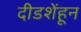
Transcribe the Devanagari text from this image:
दीडशेंहून